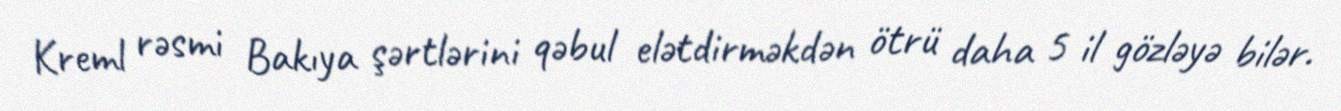
Kreml rəsmi Bakıya şərtlərini qəbul elətdirməkdən ötrü daha 5 il gözləyə bilər.